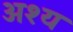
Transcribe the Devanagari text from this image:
अश्य